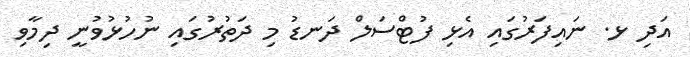
އަދި ޅ. ނައިފަރުގައި އެޅި ފުޓްސަލް ދަނޑު މި ދަތުރުގައި ނުހުޅުވުނީ ދިމާވި